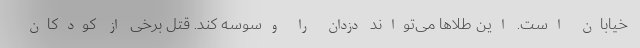
خیابان است. این طلاها می‌تواند دزدان را وسوسه کند. قتل برخی از کودکان